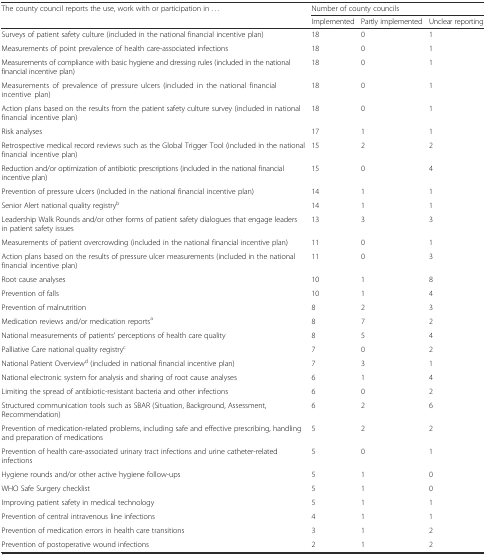
<table><thead><tr><td rowspan="2"><b>The county council reports the use, work with or participation in ...</b></td><td colspan="3"><b>Number of county councils</b></td></tr><tr><td><b>Implemented</b></td><td><b>Partly implemented</b></td><td><b>Unclear reporting</b></td></tr></thead><tbody><tr><td>Surveys of patient safety culture (included in the national financial incentive plan)</td><td>18</td><td>0</td><td>1</td></tr><tr><td>Measurements of point prevalence of health care-associated infections</td><td>18</td><td>0</td><td>1</td></tr><tr><td>Measurements of compliance with basic hygiene and dressing rules (included in the national financial incentive plan)</td><td>18</td><td>0</td><td>1</td></tr><tr><td>Measurements of prevalence of pressure ulcers (included in the national financial incentive plan)</td><td>18</td><td>0</td><td>1</td></tr><tr><td>Action plans based on the results from the patient safety culture survey (included in national financial incentive plan)</td><td>18</td><td>0</td><td>1</td></tr><tr><td>Risk analyses</td><td>17</td><td>1</td><td>1</td></tr><tr><td>Retrospective medical record reviews such as the Global Trigger Tool (included in the national financial incentive plan)</td><td>15</td><td>2</td><td>2</td></tr><tr><td>Reduction and/or optimization of antibiotic prescriptions (included in the national financial incentive plan)</td><td>15</td><td>0</td><td>4</td></tr><tr><td>Prevention of pressure ulcers (included in the national financial incentive plan)</td><td>14</td><td>1</td><td>1</td></tr><tr><td>Senior Alert national quality registry<sup>b</sup></td><td>14</td><td>1</td><td>1</td></tr><tr><td>Leadership Walk Rounds and/or other forms of patient safety dialogues that engage leaders in patient safety issues</td><td>13</td><td>3</td><td>3</td></tr><tr><td>Measurements of patient overcrowding (included in the national financial incentive plan)</td><td>11</td><td>0</td><td>1</td></tr><tr><td>Action plans based on the results of pressure ulcer measurements (included in the national financial incentive plan)</td><td>11</td><td>0</td><td>3</td></tr><tr><td>Root cause analyses</td><td>10</td><td>1</td><td>8</td></tr><tr><td>Prevention of falls</td><td>10</td><td>1</td><td>4</td></tr><tr><td>Prevention of malnutrition</td><td>8</td><td>2</td><td>3</td></tr><tr><td>Medication reviews and/or medication reports<sup>a</sup></td><td>8</td><td>7</td><td>2</td></tr><tr><td>National measurements of patients’ perceptions of health care quality</td><td>8</td><td>5</td><td>4</td></tr><tr><td>Palliative Care national quality registry<sup>c</sup></td><td>7</td><td>0</td><td>2</td></tr><tr><td>National Patient Overview<sup>d</sup> (included in national financial incentive plan)</td><td>7</td><td>3</td><td>1</td></tr><tr><td>National electronic system for analysis and sharing of root cause analyses</td><td>6</td><td>1</td><td>4</td></tr><tr><td>Limiting the spread of antibiotic-resistant bacteria and other infections</td><td>6</td><td>0</td><td>2</td></tr><tr><td>Structured communication tools such as SBAR (Situation, Background, Assessment, Recommendation)</td><td>6</td><td>2</td><td>6</td></tr><tr><td>Prevention of medication-related problems, including safe and effective prescribing, handling and preparation of medications</td><td>5</td><td>2</td><td>2</td></tr><tr><td>Prevention of health care-associated urinary tract infections and urine catheter-related infections</td><td>5</td><td>0</td><td>1</td></tr><tr><td>Hygiene rounds and/or other active hygiene follow-ups</td><td>5</td><td>1</td><td>0</td></tr><tr><td>WHO Safe Surgery checklist</td><td>5</td><td>1</td><td>0</td></tr><tr><td>Improving patient safety in medical technology</td><td>5</td><td>1</td><td>1</td></tr><tr><td>Prevention of central intravenous line infections</td><td>4</td><td>1</td><td>1</td></tr><tr><td>Prevention of medication errors in health care transitions</td><td>3</td><td>1</td><td>2</td></tr><tr><td>Prevention of postoperative wound infections</td><td>2</td><td>1</td><td>2</td></tr></tbody></table>